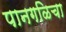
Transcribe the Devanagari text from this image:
पानगळिचा